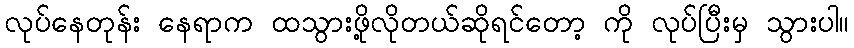
လုပ်နေတုန်း နေရာက ထသွားဖို့လိုတယ်ဆိုရင်တော့ ကို လုပ်ပြီးမှ သွားပါ။